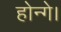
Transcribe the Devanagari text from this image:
होन्गे।